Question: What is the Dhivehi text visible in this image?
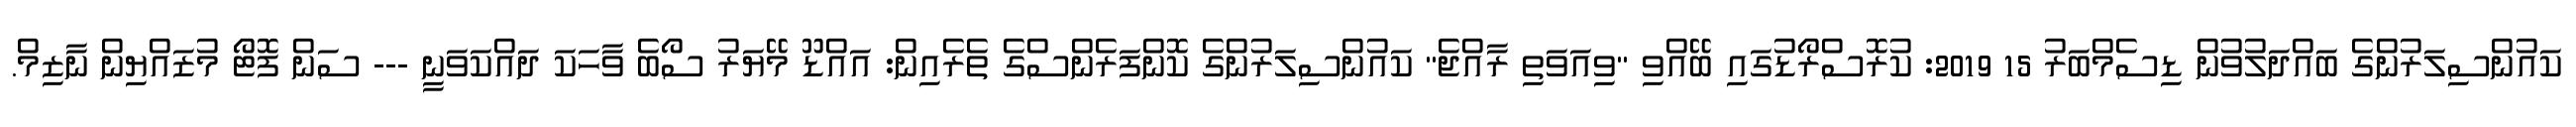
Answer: ކައުންސިލަރުންގެ ބައްދަލުވުން ޑިސެމްބަރު 15 2019: ކުރޮސްރޯޑުގައި ބޭއްވި "ވިއަވަތި ރާއްޖެ" ކައުންސިލަރުންގެ ކޮންފަރެންސްގެ ތެރެއިން: އައްޑޫ މޭޔަރު ސޯބެ ވާހަކަ ދައްކަވަނީ --- ސަން ފޮޓޯ މުޒައްޔިން ނާޒިމް.